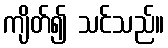
ကျိတ်၍ သင်သည်။